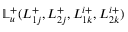
\mathbb { L } _ { u } ^ { + } ( L _ { 1 j } ^ { + } , L _ { 2 j } ^ { + } , L _ { 1 k } ^ { i + } , L _ { 2 k } ^ { i + } )